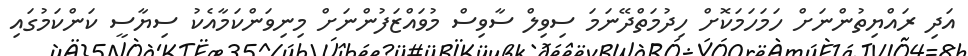
އަދި ރައްޔިތުންނަށް ހަމަހަމަކޮށް ހިދުމަތްދޭނަމަ ސިވިލް ސާވިސް މުވައްޒަފުންނަށް މިނިވަންކަމާއެކު ސިޔާސީ ކަންކަމުގައި